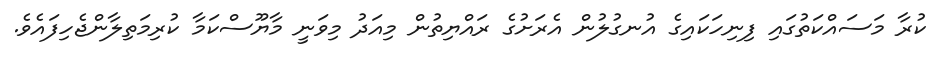
ކުރާ މަސައްކަތުގައި ފިނިހަކައިގެ އުނގުލުން އެރަށުގެ ރައްޔިތުން މިއަދު މިވަނީ މާޔޫސްކަމާ ކުރިމަތިލާންޖެހިފައެވެ.